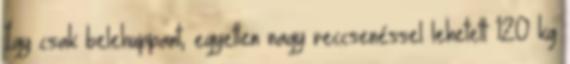
Így csak belehuppant, egyetlen nagy reccsenéssel lehetett 120 kg